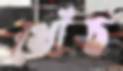
খোঁচ